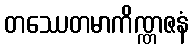
တဿေတမာကိဏ္ဏဇနံ